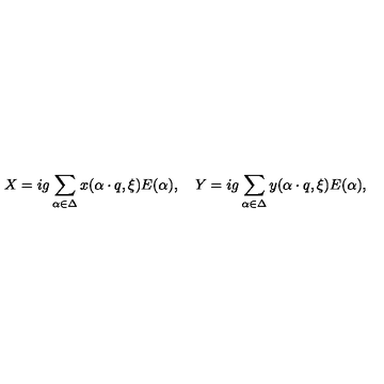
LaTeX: X = i g \sum _ { \alpha \in \Delta } x ( \alpha \cdot q , \xi ) E ( \alpha ) , \quad Y = i g \sum _ { \alpha \in \Delta } y ( \alpha \cdot q , \xi ) E ( \alpha ) ,